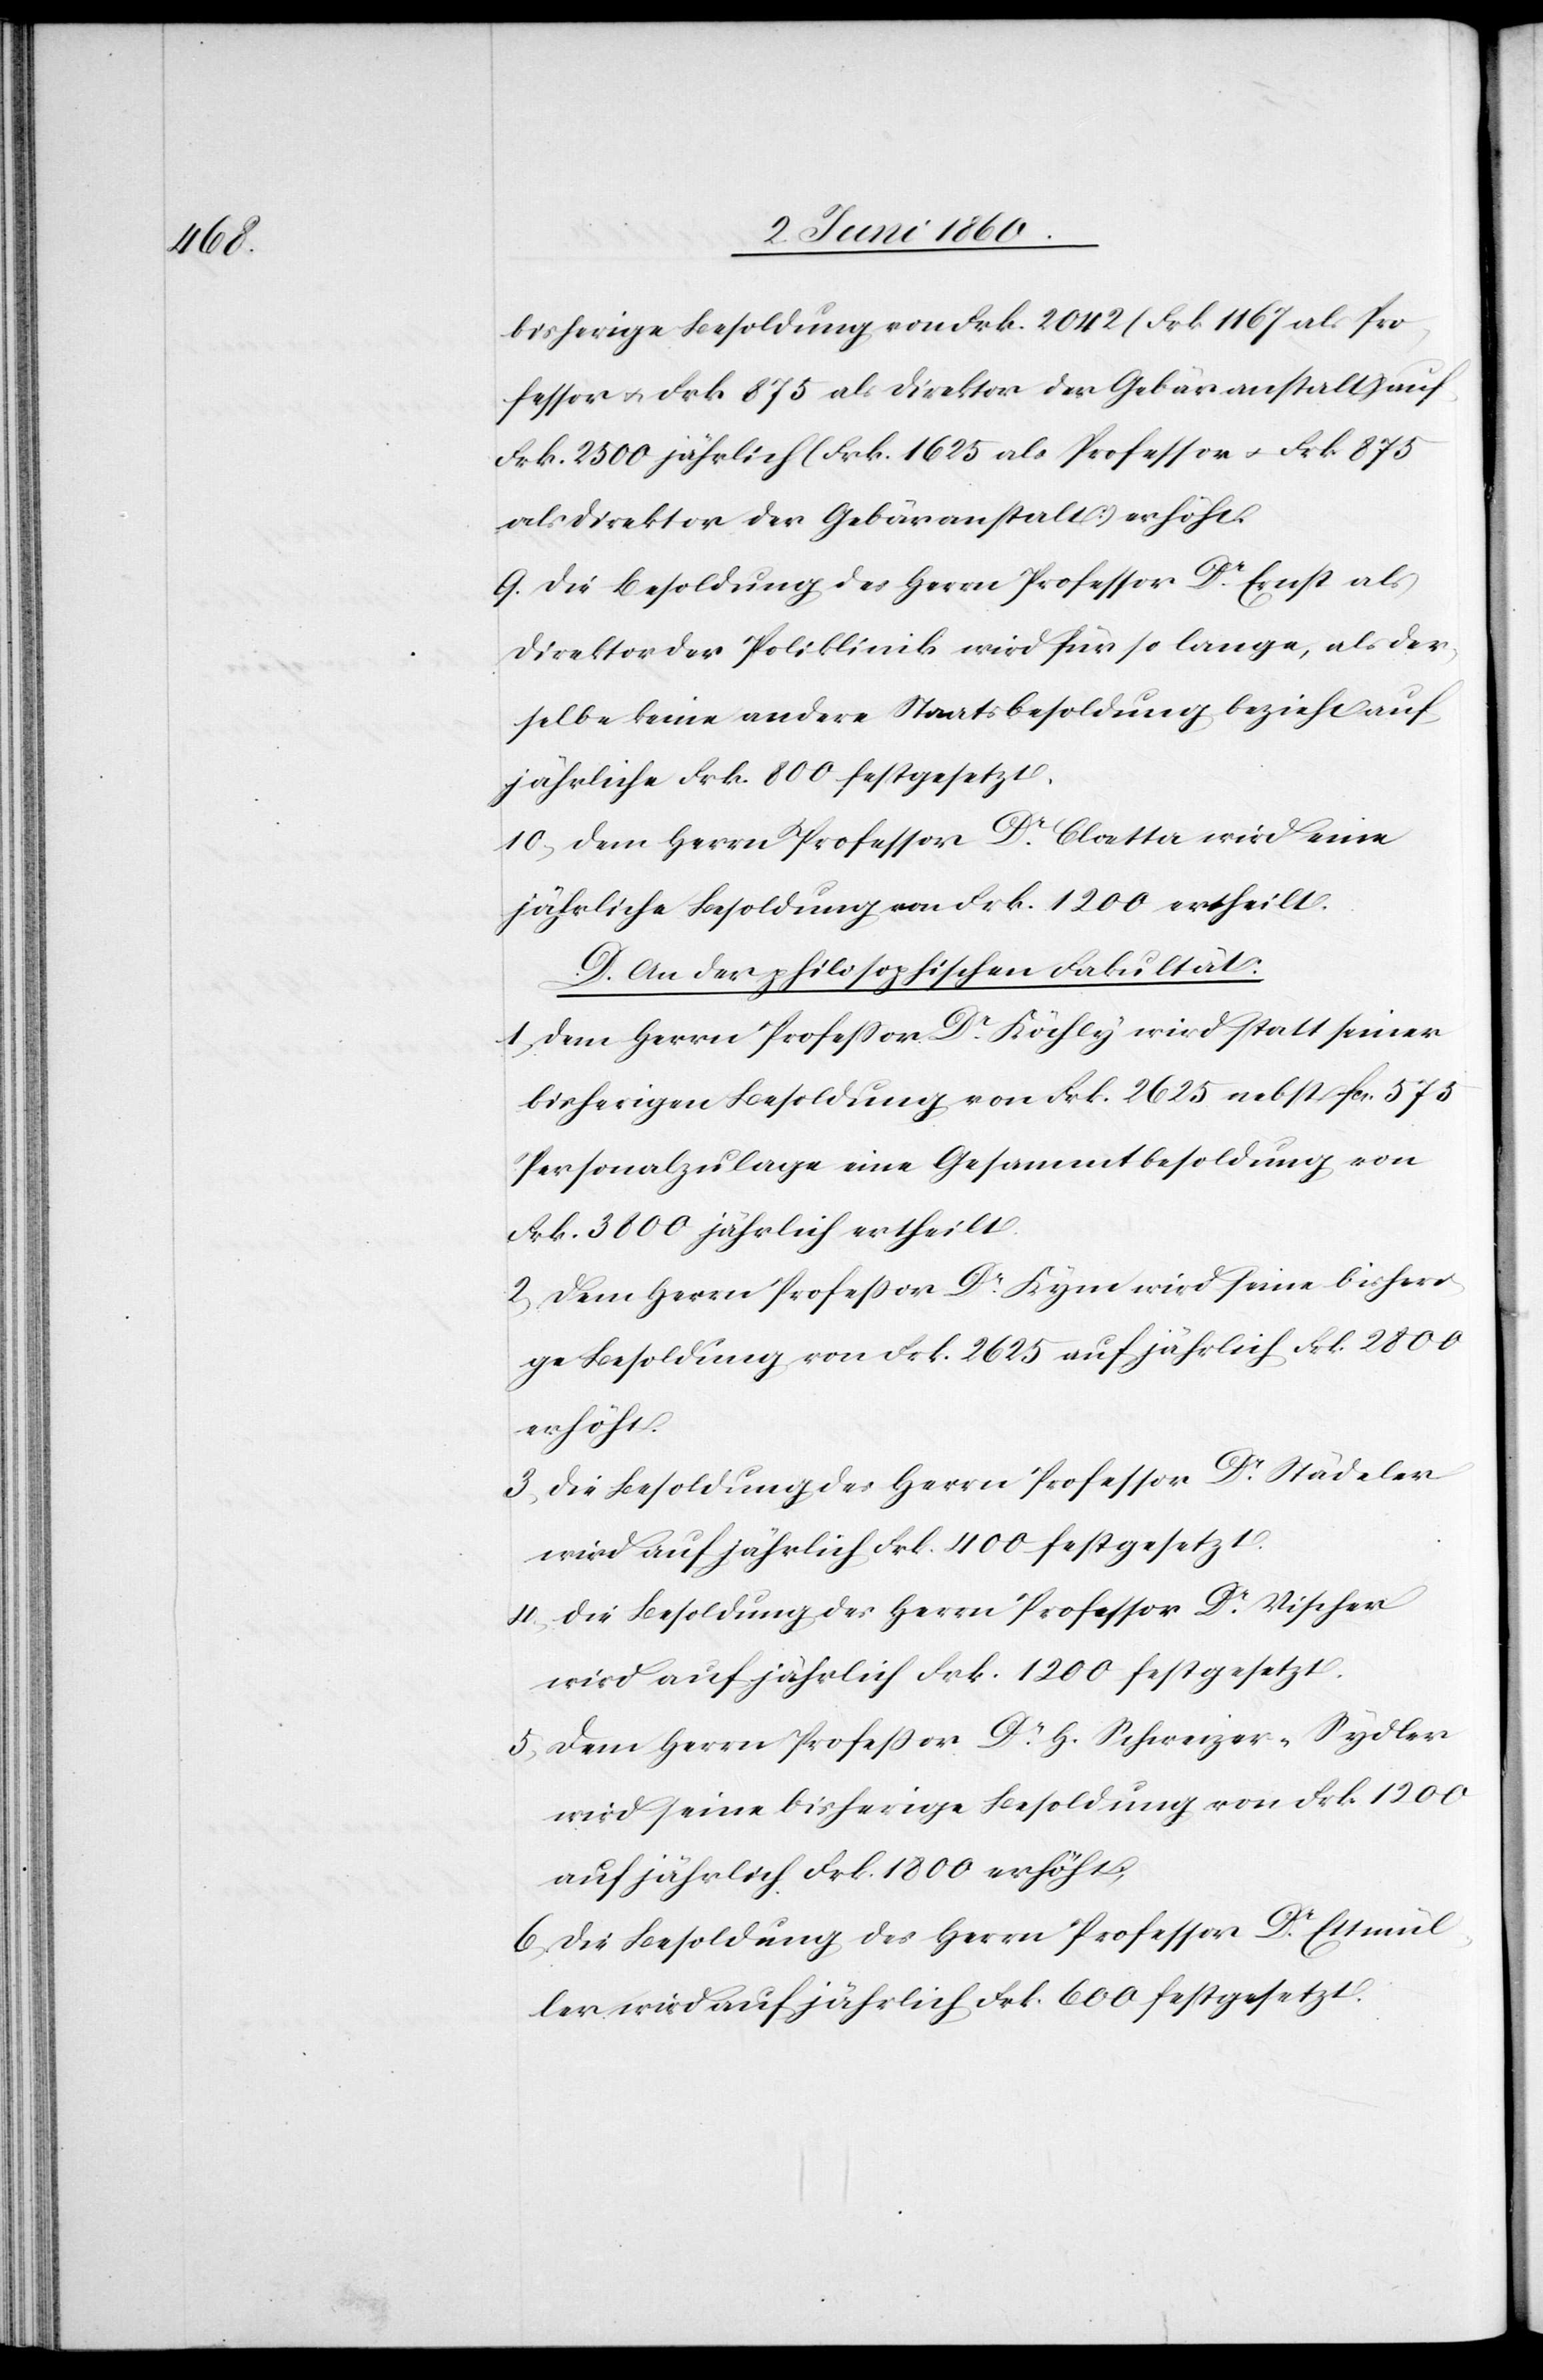
bisherige Besoldung von Frk. 2042 (Frk. 1167 als Pro¬
fessor u. Frk. 875 als Direktor der Gebäranstalt) auf
Frk. 2500 jährlich (Frk. 1625 als Professor u. Frk. 875
als Direktor der Gebäranstalt) erhöht.
9. Die Besoldung des Herrn Professor Dr Ernst als
Direktor der Poliklinik wird für so lange, als der¬
selbe keine andere Staatsbesoldung bezieht auf
jährliche Frk. 800 festgesetzt.
10. Dem Herrn Professor Dr Blatter wird eine
jährliche Besoldung von Frk. 1200 ertheilt.
D. An der philosophischen Fakultät.
1. Dem Herrn Professor Dr Köchly wird statt seiner
bisherigen Besoldung von Frk. 2625 nebst fcs. 575
Personalzulage eine Gesammtbesoldung von
Frk. 3800 jährlich ertheilt.
2. Dem Herrn Professor Dr Kym wird seine bisheri¬
ge Besoldung von Frk. 2625 auf jährlich Frk. 2800
erhöht.
3. Die Besoldung des Herrn Professor Dr. Städeler
wird auf jährlich Frk. 400 festgesetzt.
4. Die Besoldung des Herrn Professor Dr Vischer
wird auf jährlich Frk. 1200 festgesetzt.
5. Dem Herrn Professor Dr H. Schweizer-Sydler
wird seine bisherige Besoldung von Frk. 1200
auf jährlich Frk. 1800 erhöht.
6. Die Besoldung des Herrn Professor Dr Ettmül¬
ler wird auf jährlich Frk. 600 festgesetzt.